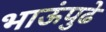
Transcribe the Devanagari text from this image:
भाऊंपुढे